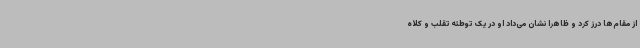
از مقام‌ها درز کرد و ظاهرا نشان می‌داد او در یک توطئه تقلب و کلاه